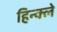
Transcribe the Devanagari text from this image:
हिन्क्ले